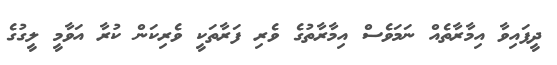
ދީފައިވާ އިމާރާތެއް ނަމަވެސް އިމާރާތުގެ ވެރި ފަރާތަކީ ވެރިކަން ކުރާ އަވާމީ ލީގުގެ